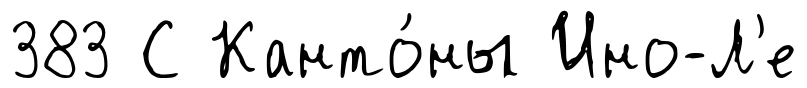
383 С Канто́ны Ино-Л'е